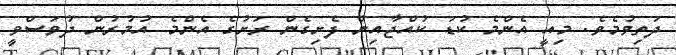
ދަތިވުމެވެ. މިއީ އެންމެ ކުޑަ ކުއްޖާއިން ފެށިގެން ރަށުގެ އެންމެ އުމުރުން ދުވަސްވީ